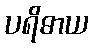
ပရိဓာယ